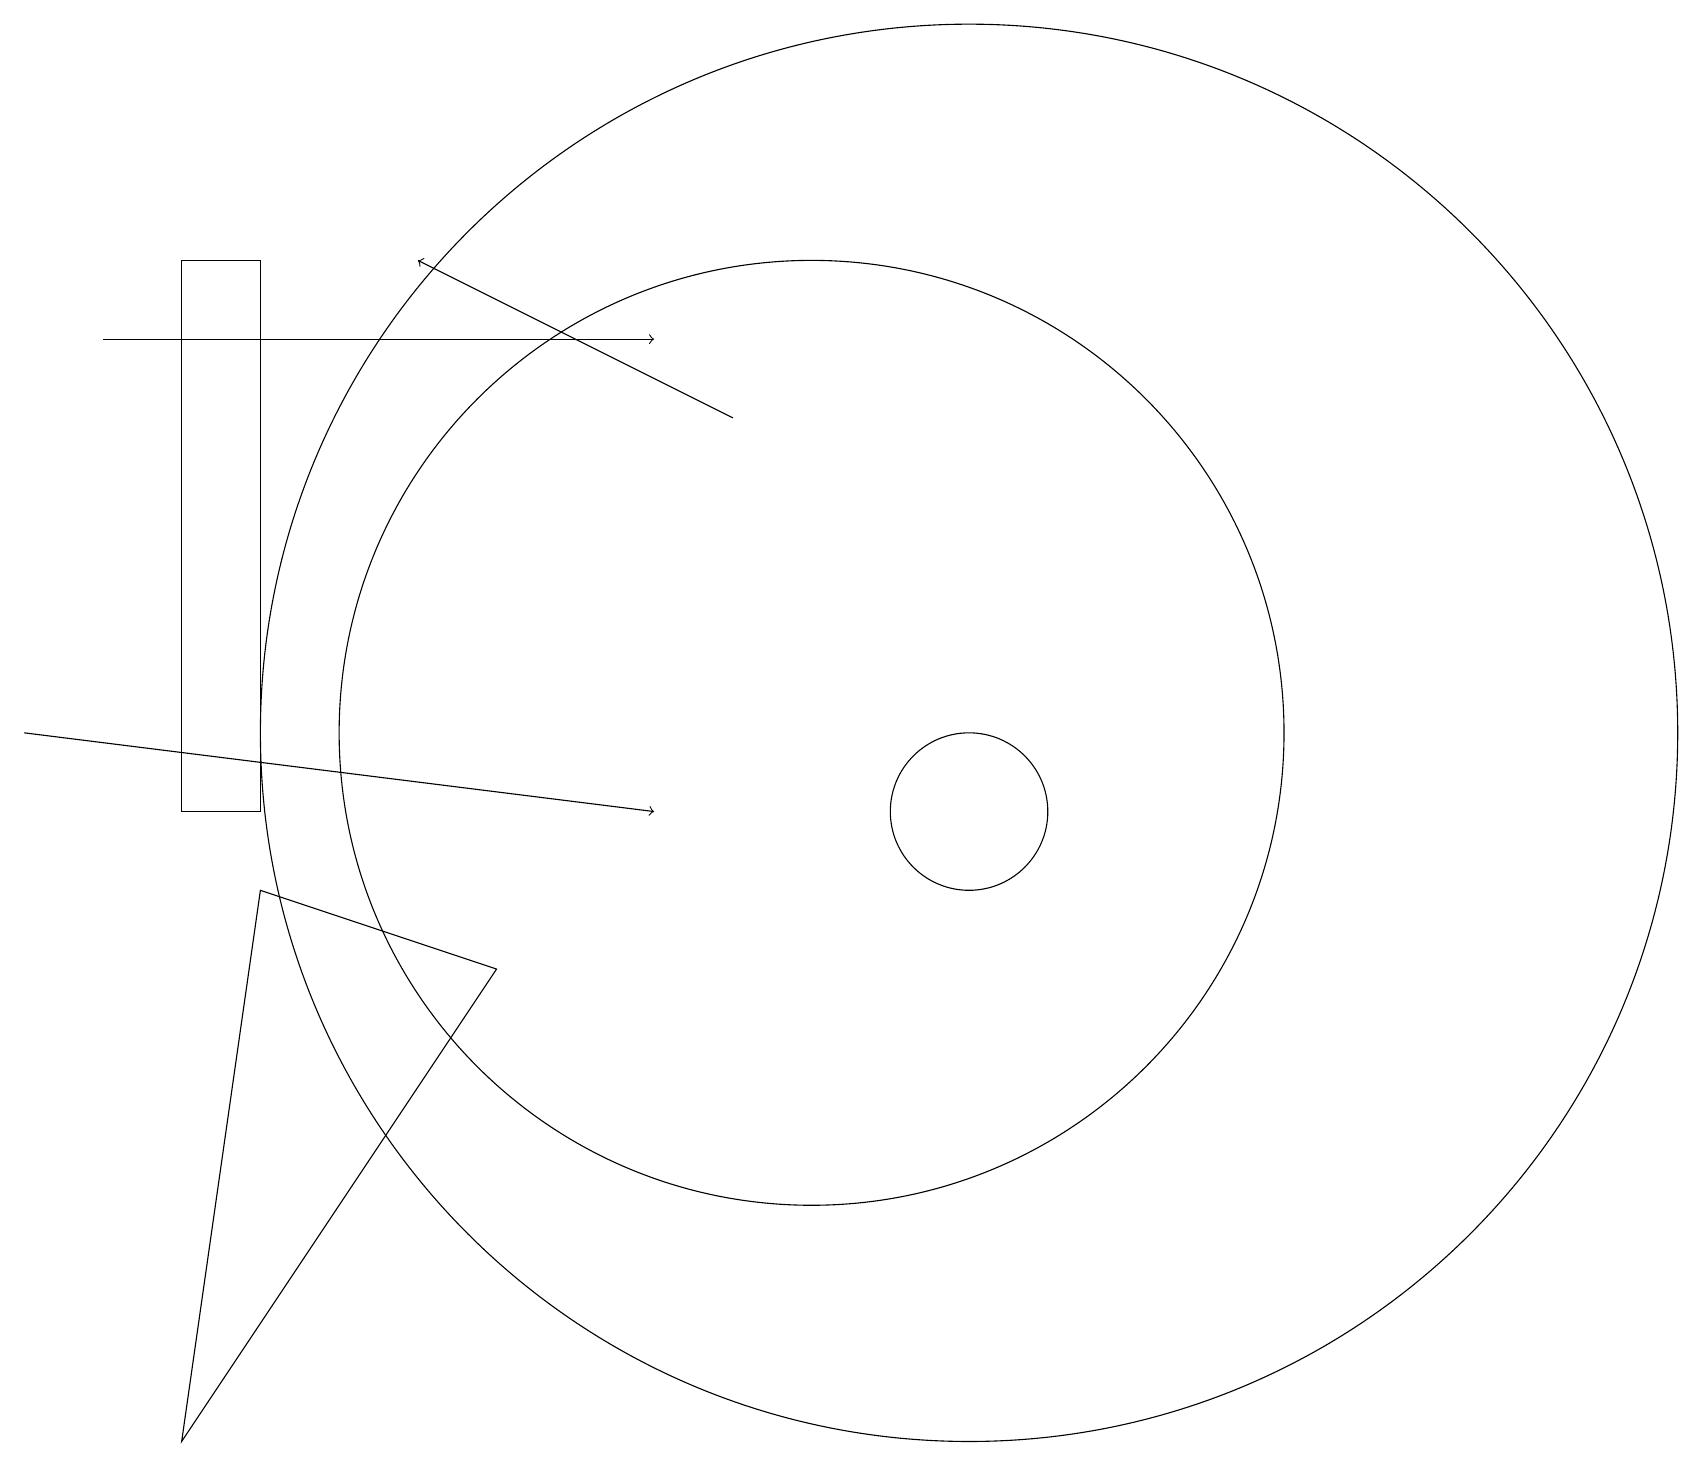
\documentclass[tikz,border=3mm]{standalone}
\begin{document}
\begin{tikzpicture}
\draw[->] (0,11) -- (8,10);
\draw (12,10) circle (1);
\draw (3,10) rectangle (2,17);
\draw[->] (1,16) -- (8,16);
\draw[->] (9,15) -- (5,17);
\draw (12,11) circle (9);
\draw (3,9) -- (6,8) -- (2,2) -- cycle;
\draw (10,11) circle (6);
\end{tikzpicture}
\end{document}